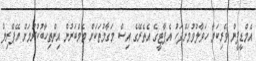
އެމްޑީޕީން ވެރިކަމާ ހަވާލުވުމަށްފަހު އެޕާޓީގެ އެތެރޭގެ އިސް މަގާމުތަކަށް މެމްބަރުން އިންތިހާބުކުރުމަށް އޭޕްރިލް